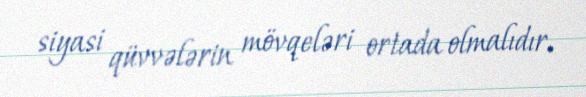
siyasi qüvvələrin mövqeləri ortada olmalıdır.